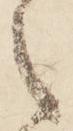
之